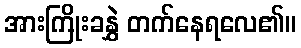
အားကြိုးခနွှဲ တက်နေရလေ၏။